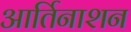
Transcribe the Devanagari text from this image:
आर्तिनाशन